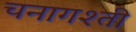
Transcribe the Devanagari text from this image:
चनागश्ती